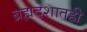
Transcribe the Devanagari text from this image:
ब्रह्मदेशातही